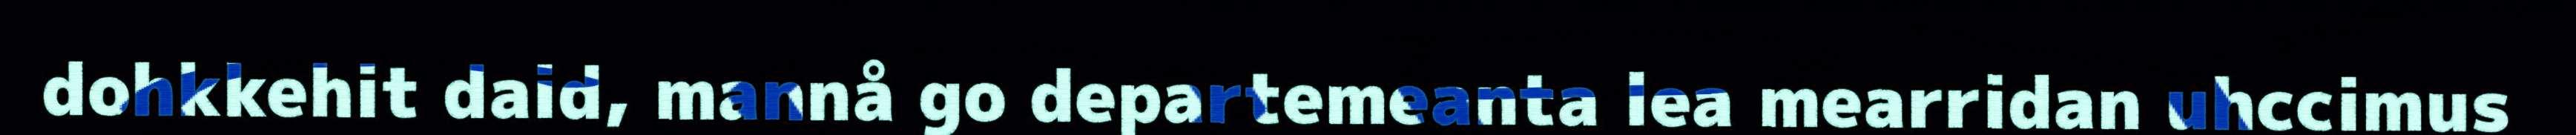
dohkkehit daid, mannå go departemeanta lea mearridan uhccimus